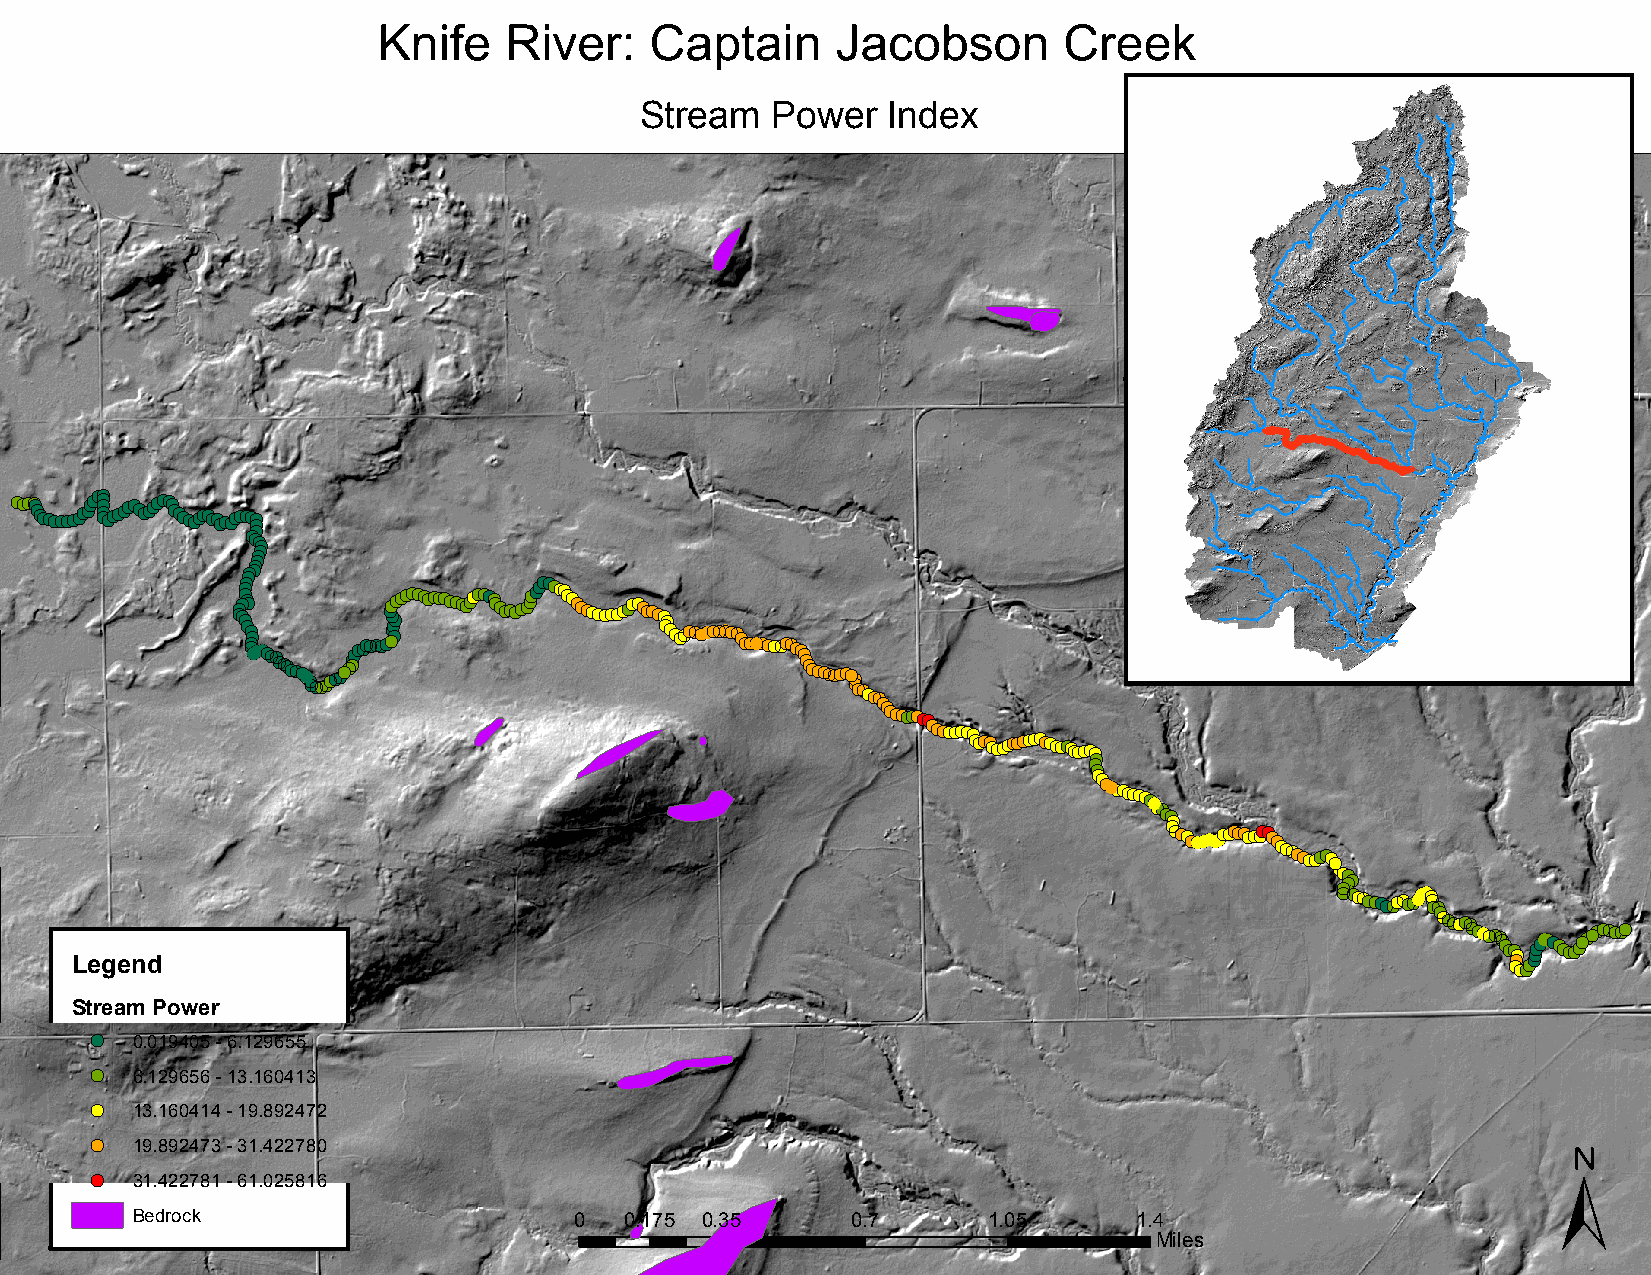
Knife   River:    Captain     Jacobson       Creek
 Stream   Power   Index
 !(!(!(!(!(!(!(!(!(!(!(!(!( L!(!(!(!( e!(!(!(!( !( !(!( g!(!(!( e!(!(!( n!(!(!(!( d!(!(!(!(!(!(!(!(!(!(!(!(!(!(!(!(!(!( !(!(!(
 !(!(!(!(
 !(!(
 !(
 !(
 !(!(!(!(
 !(!(
 !(!(
 !(!( (!!(!(
 !(
 (!!(!(!(
 !(!(!( !(!(
 (!!(!(!(!(!(!(!(!(!(!(!(!(!(!(!(!(!(!(!(!(!(!( !(!((!
 !(!(!(!(!(!(!(
 !(!(!( !(
 !(!(!(!( !(
 !(!(!(!(!(!(!(!(!(!(!(!(!(!(!(!(!(!(!(!(!(!(!(!(!(!(!(!(!(!(!(!(!(!(!(!(!(!(!(!(!(!(!(!(!(!(!(!(!(!(!(!(
 !(!( !(!(!(!(!(!(!((!!(!(!(!((!!(!(!((!(!!(!(!(!(!(!(!(!(!(!(!(!(!(!(!(!(!(!(
 !(!(
 !(!( !(!( !(!(!(!(!(!(!(!(!(!(!(!(!(!(!(!(!(!(!(!(!(!(!(!(!(!(!(!(!(!(!(!(!(!(!(!(!(!(!(!(!(!(!(!(
 !(!(
 !(!(!(!(!(!(!(!(!(!(!((!!((!(!!(!(
 (!!(
 !(!(!((!!(!(!(!(!(!(!(!(!(!(!(!(!(!(!(!(!(!(!(!(!(!(!(!(!(!(!(!(!(!(
 !!((!!(
 (!(!(
 !(!(!(!(!(!(!(!(!((!!(!((!(!(!!((!!(!(!(!(!(!(!(!(!(!(!((!!(!(!(!(!(!(!(
 !(!(!(
 !(!(!(!(!(!(!(!(!(!(!(!(!(!(!(!(!(!(!(!(!(!(!(!(
 Stream Power
 !( 0.019405 - 6.129655
 !( 6.129656 - 13.160413
 !( 13.160414 - 19.892472
 ±
 !( 19.892473 - 31.422780
 !( 31.422781 - 61.025816
 Bedrock                      0  0.175 0.35     0.7      1.05      1.4
 Miles